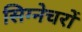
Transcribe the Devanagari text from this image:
सिग्नेचरों